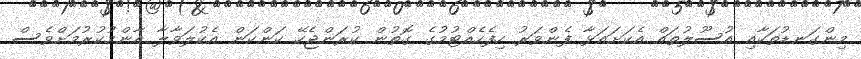
މިންގަނޑުތަކާއި އުސޫލުތައް އެކަށައަޅާ ފެންވަރު ހިފެހެއްޓުމުގެ ގޮތުން ކުރަންޖެހޭ ކަންކަން އެކުލަވާލާ އާންމުކުރުމަށްވެސް